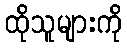
ထိုသူများကို